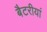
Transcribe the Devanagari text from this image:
बैटरीयां